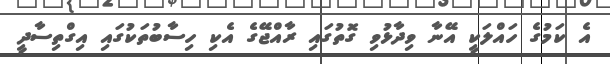
އެ ކަމުގެ ހައްލަކީ އޭނާ ވިދާޅުވި ގޮތުގައި ރާއްޖޭގެ އެކި ހިސާބުތަކުގައި އިގްތިސާދީ